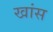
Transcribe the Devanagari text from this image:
खांस